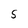
Character: S